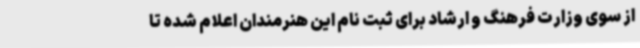
از سوی وزارت فرهنگ و ارشاد برای ثبت نام این هنرمندان اعلام شده تا